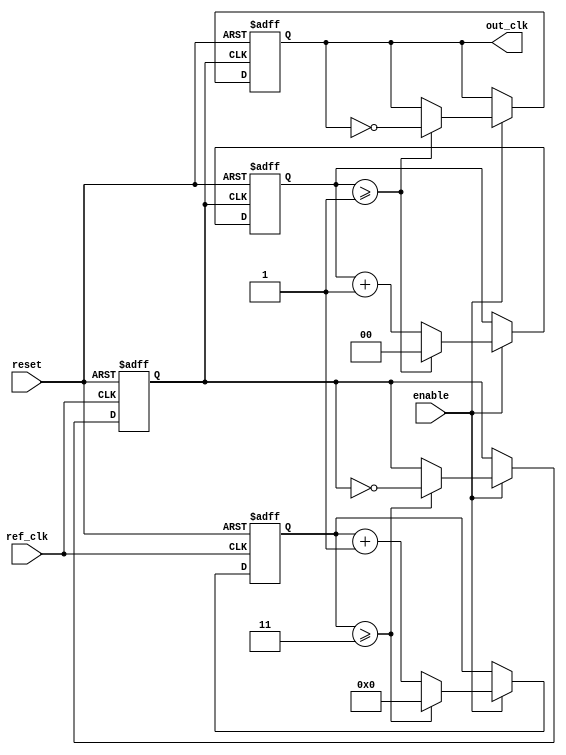
module parameterized_PLL #(
    parameter PARAM_M = 4,  // Multiplication factor
    parameter PARAM_N = 2,  // Division factor
    parameter PARAM_BW = 8   // Bandwidth of the loop filter
)(
    input wire ref_clk,      // Reference clock
    input wire reset,        // Active high reset
    input wire enable,       // Enable signal
    output reg out_clk       // Output clock
);

    // Internal signals
    reg [PARAM_BW-1:0] phase_error; // Phase error signal
    reg [PARAM_BW-1:0] loop_filter;  // Loop filter output
    reg [PARAM_M-1:0] vco_count;      // VCO counter
    reg vco_clk;                      // VCO clock signal
    reg [PARAM_N-1:0] div_count;      // Divider counter
    reg feedback_clk;                 // Feedback clock signal

    // VCO process
    always @(posedge ref_clk or posedge reset) begin
        if (reset) begin
            vco_count <= 0;
            vco_clk <= 0;
        end else if (enable) begin
            vco_count <= vco_count + 1;
            if (vco_count >= (PARAM_M - 1)) begin
                vco_clk <= ~vco_clk; // Toggle VCO clock
                vco_count <= 0;
            end
        end
    end

    // Phase Detector
    always @(posedge ref_clk or posedge reset) begin
        if (reset) begin
            phase_error <= 0;
        end else if (enable) begin
            // Compare the reference clock with the feedback clock
            if (ref_clk && !feedback_clk) begin
                phase_error <= phase_error + 1; // Phase error detected
            end else if (!ref_clk && feedback_clk) begin
                phase_error <= phase_error - 1; // Phase error detected
            end
        end
    end

    // Loop Filter (Simple Integrator)
    always @(posedge ref_clk or posedge reset) begin
        if (reset) begin
            loop_filter <= 0;
        end else if (enable) begin
            loop_filter <= loop_filter + phase_error; // Simple integrator
            if (loop_filter > (1 << PARAM_BW) - 1) begin
                loop_filter <= (1 << PARAM_BW) - 1; // Saturation
            end
        end
    end

    // Output Clock Generation
    always @(posedge vco_clk or posedge reset) begin
        if (reset) begin
            out_clk <= 0;
            div_count <= 0;
            feedback_clk <= 0;
        end else if (enable) begin
            div_count <= div_count + 1;
            if (div_count >= (PARAM_N - 1)) begin
                out_clk <= ~out_clk; // Toggle output clock
                div_count <= 0;
            end
            feedback_clk <= out_clk; // Feedback clock
        end
    end

endmodule